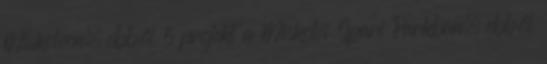
Miskolcon, ebből 5 projekt a Miskolci Ipari Parkban, ebből